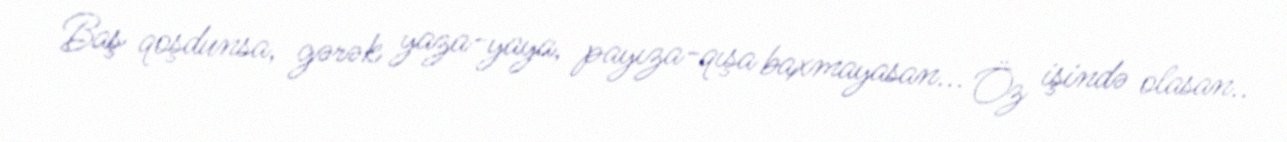
Baş qoşdunsa, gərək yaza-yaya, payıza-qışa baxmayasan... Öz işində olasan..